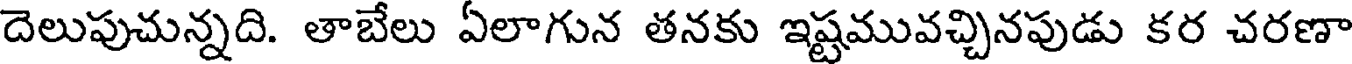
దెలుపుచున్నది. తాబేలు ఏలాగున తనకు ఇష్టమువచ్చినపుడు కర చరణా